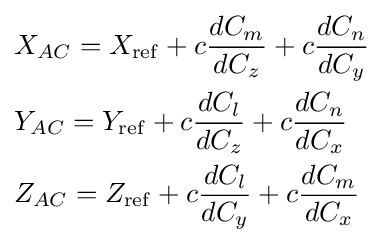
{\begin{aligned}&X_{AC}=X_{\mathrm {ref} }+c{dC_{m} \over dC_{z}}+c{dC_{n} \over dC_{y}}\\&Y_{AC}=Y_{\mathrm {ref} }+c{dC_{l} \over dC_{z}}+c{dC_{n} \over dC_{x}}\\&Z_{AC}=Z_{\mathrm {ref} }+c{dC_{l} \over dC_{y}}+c{dC_{m} \over dC_{x}}\end{aligned}}